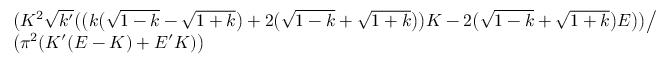
\begin{array} { r l } & { \big ( K ^ { 2 } \sqrt { k ^ { \prime } } \big ( \big ( k \big ( \sqrt { 1 - k } - \sqrt { 1 + k } \big ) + 2 \big ( \sqrt { 1 - k } + \sqrt { 1 + k } \big ) \big ) K - 2 \big ( \sqrt { 1 - k } + \sqrt { 1 + k } \big ) E \big ) \big ) \big / } \\ & { \big ( \pi ^ { 2 } ( K ^ { \prime } ( E - K ) + E ^ { \prime } K ) \big ) } \end{array}